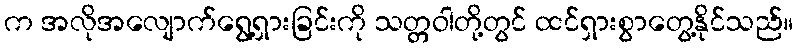
က အလိုအလျောက်ရွေ့ရှားခြင်းကို သတ္တဝါတို့တွင် ထင်ရှားစွာတွေ့နိုင်သည်။